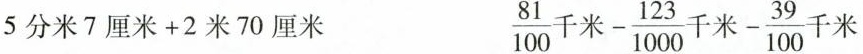
$$5 分 米 7 厘 米 + 2 米 7 0 厘 米 $$ $$\frac { 8 1 } { 1 0 0 } 千 米 - \frac { 1 2 3 } { 1 0 0 0 } 千 米 - \frac { 3 9 } { 1 0 0 } 千 米$$